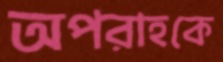
অপরাহকে